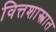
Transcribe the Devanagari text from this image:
वित्तशास्त्रात